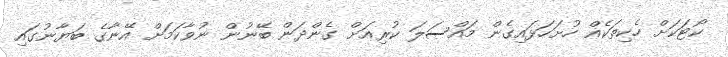
ކޯޓަކަށް ހެކިތަކެއް ހުށަހަޅައިގެން މައްސަލަ ކުރިއަށް ގެންދަން ބޭނުން ނުވާކަމަށް އޭނާގެ ބަޔާނުގައި